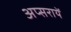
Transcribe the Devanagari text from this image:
अप्सरायें